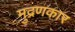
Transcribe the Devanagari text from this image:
मुद्रणकार